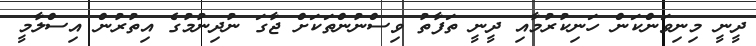
ދީނީ މިނިވަންކަން ހަނިކުރުމާއި ދީނީ ތަފާތު ވިސްނުންތަކަށް ޖާގަ ނުދިނުމުގެ އިތުރުން އިސްލާމީ